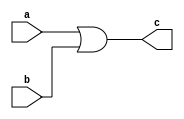
//Exercicio 10
//Nome: Vitor Angelo Lima
//Matrcula: 451621

module  orgate( output c, input a, input b);
	assign c = a | b ;
endmodule

module orgate2( output m, input a, input b, input c, input d );
	wire e, f;
	orgate a1( e, a, b);
	orgate a2( f, c, d);
	orgate a3( m, e, f );
endmodule

module testgate;
	reg a, b, c, d;
	wire e;
	orgate2 gate1 (e, a, b, c, d);
	
	initial begin
		a = 0; b = 0; c=0; d=0;
		#1 $monitor ("( %b | %b | %b | %b ) = %b", a, b, c, d, e);
		#1 a = 0; b = 0; c = 0; d = 0;
		#1 a = 1; b = 1; c = 1; d = 1;
		#1 a = 1; b = 0; c = 1; d = 0;
		#1 a = 0; b = 0; c = 1; d = 1;
	end
endmodule